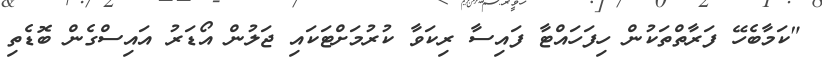
"ކަމާބެހޭ ފަރާތްތަކުން ހިފަހައްޓާ ފައިސާ ރިކަވާ ކުރުމަށްޓަކައި ޖަލުން އޯޑަރު އައިސްގެން ބޮޑެތި